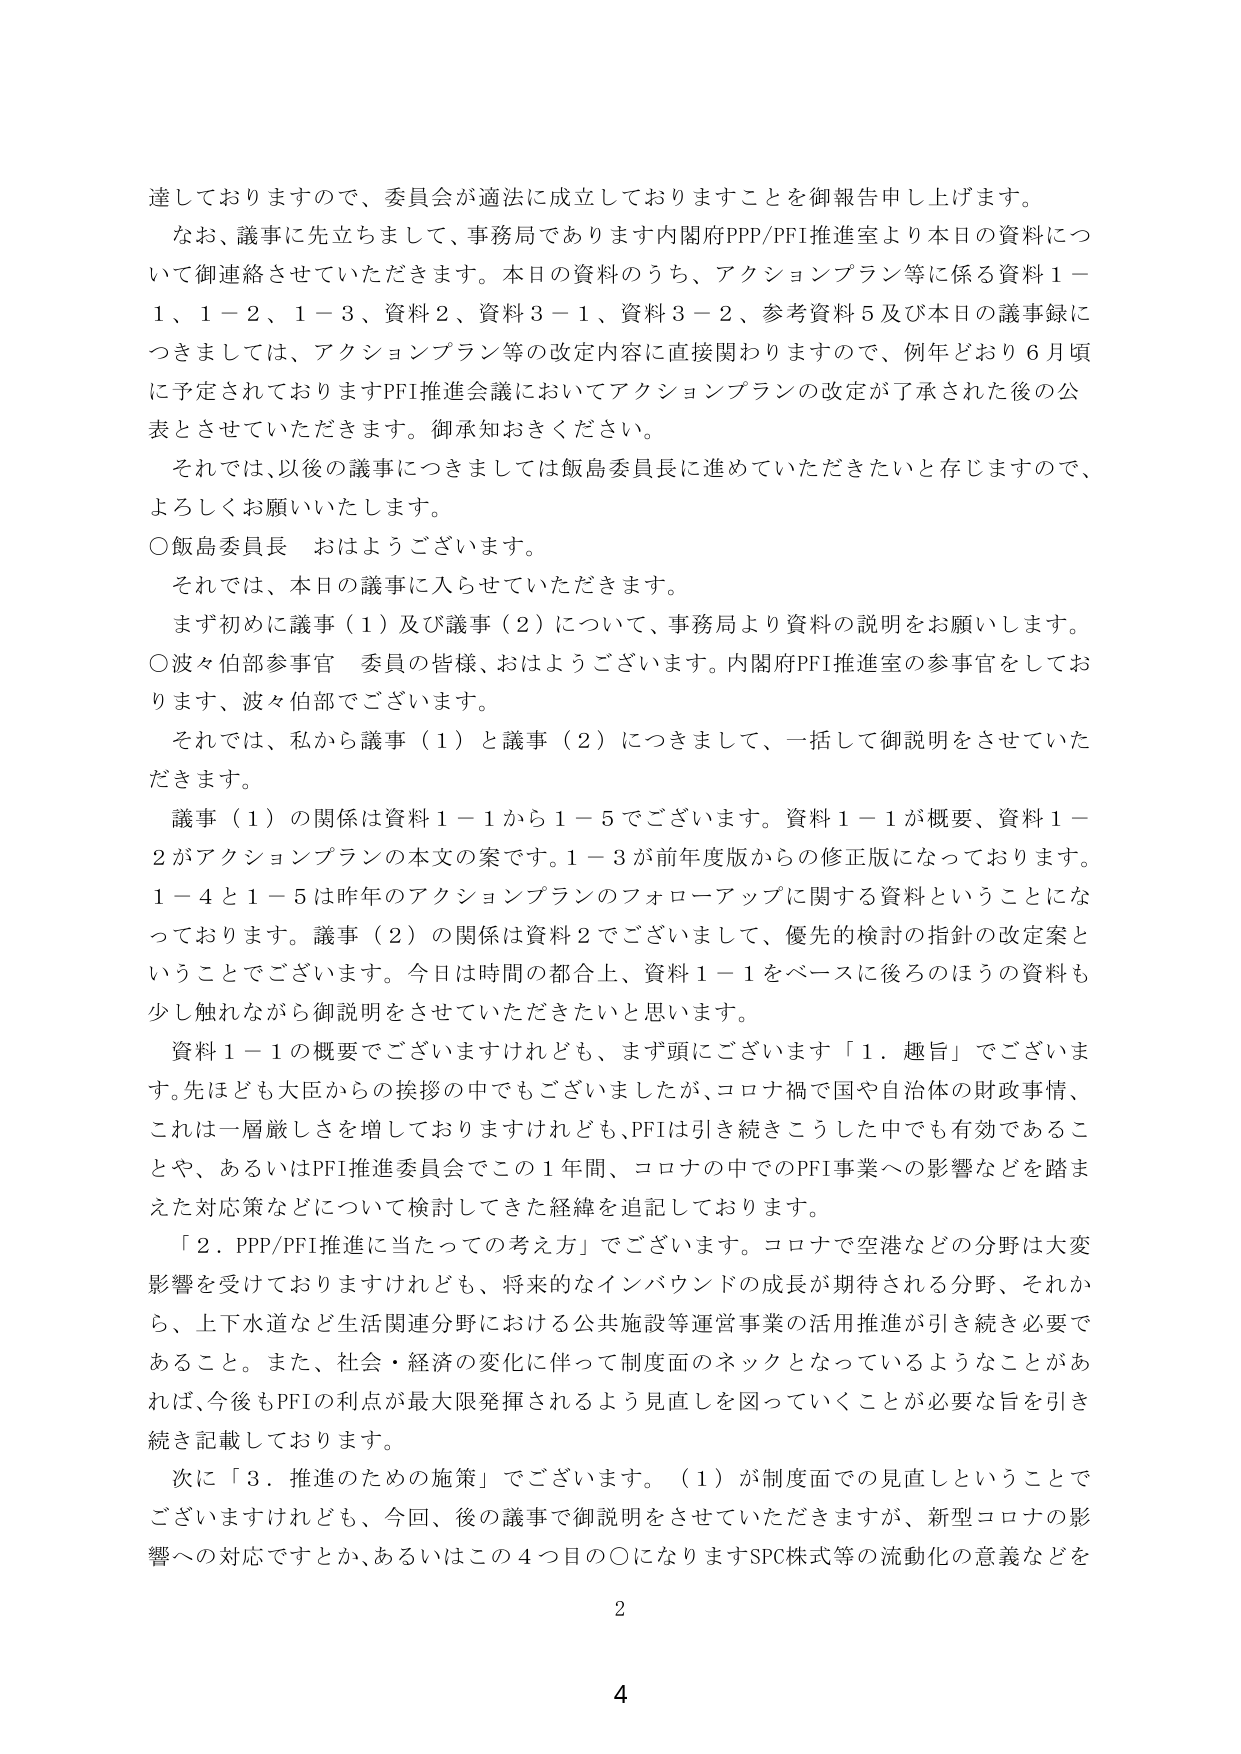
達しておりますので、委員会が適法に成立しておりますことを御報告申し上げます。
なお、議事に先立ちまして、事務局であります内閣府PPP/PFI推進室より本日の資料について御連絡させていただきます。本日の資料のうち、アクションプラン等に係る資料１－１、１－２、１－３、資料２、資料３－１、資料３－２、参考資料５及び本日の議事録につきましては、アクションプラン等の改定内容に直接関わりますので、例年どおり６月頃に予定されておりますPFI推進会議においてアクションプランの改定が了承された後の公表とさせていただきます。御承知おきください。
それでは、以後の議事につきましては飯島委員長に進めていただきたいと存じますので、よろしくお願いいたします。
○飯島委員長　おはようございます。
それでは、本日の議事に入らせていただきます。
まず初めに議事（１）及び議事（２）について、事務局より資料の説明をお願いします。
○波々伯部参事官　委員の皆様、おはようございます。内閣府PFI推進室の参事官をしております、波々伯部でございます。
それでは、私から議事（１）と議事（２）につきまして、一括して御説明をさせていただきます。
議事（１）の関係は資料１－１から１－５でございます。資料１－１が概要、資料１－２がアクションプランの本文の案です。１－３が前年度版からの修正版になっております。１－４と１－５は昨年のアクションプランのフォローアップに関する資料ということになっております。議事（２）の関係は資料２でございまして、優先的検討の指針の改定案ということでございます。今日は時間の都合上、資料１－１をベースに後ろのほうの資料も少し触れながら御説明をさせていただきたいと思います。
資料１－１の概要でございますけれども、まず頭にございます「１．趣旨」でございます。先ほども大臣からの挨拶の中でもございましたが、コロナ禍で国や自治体の財政事情、これは一層厳しさを増しておりますけれども、PFIは引き続きこうした中でも有効であることや、あるいはPFI推進委員会でこの１年間、コロナの中でのPFI事業への影響などを踏まえた対応策などについて検討してきた経緯を追記しております。
「２．PPP/PFI推進に当たっての考え方」でございます。コロナで空港などの分野は大変影響を受けておりますけれども、将来的なインバウンドの成長が期待される分野、それから、上下水道など生活関連分野における公共施設等運営事業の活用推進が引き続き必要であること。また、社会・経済の変化に伴って制度面のネックとなっているようなことがあれば、今後もPFIの利点が最大限発揮されるよう見直しを図っていくことが必要な旨を引き続き記載しております。
次に「３．推進のための施策」でございます。（１）が制度面での見直しということでございますけれども、今回、後の議事で御説明をさせていただきますが、新型コロナの影響への対応ですとか、あるいはこの４つ目の〇になりますSPC株式等の流動化の意義などを
2
4